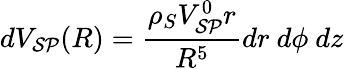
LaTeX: dV_{\mathcal{SP}}(R)=\frac{\rho_{S}V_{\mathcal{SP}}^{0}r}{R^{5}}dr~d\phi~dz